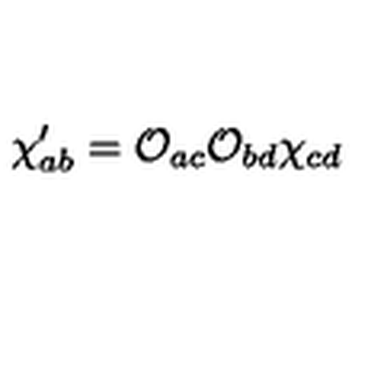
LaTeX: \chi _ { a b } ^ { \prime } = \mathcal { O } _ { a c } \mathcal { O } _ { b d } \chi _ { c d }